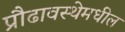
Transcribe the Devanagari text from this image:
प्रौढावस्थेमधील